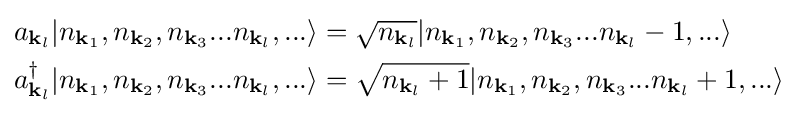
{\begin{aligned}a_{{\mathbf {k} }_{l}}|n_{{\mathbf {k} }_{1}},n_{{\mathbf {k} }_{2}},n_{{\mathbf {k} }_{3}}...n_{{\mathbf {k} }_{l}},...\rangle &={\sqrt {n_{{\mathbf {k} }_{l}}}}|n_{{\mathbf {k} }_{1}},n_{{\mathbf {k} }_{2}},n_{{\mathbf {k} }_{3}}...n_{{\mathbf {k} }_{l}}-1,...\rangle \\a_{{\mathbf {k} }_{l}}^{\dagger }|n_{{\mathbf {k} }_{1}},n_{{\mathbf {k} }_{2}},n_{{\mathbf {k} }_{3}}...n_{{\mathbf {k} }_{l}},...\rangle &={\sqrt {n_{{\mathbf {k} }_{l}}+1}}|n_{{\mathbf {k} }_{1}},n_{{\mathbf {k} }_{2}},n_{{\mathbf {k} }_{3}}...n_{{\mathbf {k} }_{l}}+1,...\rangle \end{aligned}}